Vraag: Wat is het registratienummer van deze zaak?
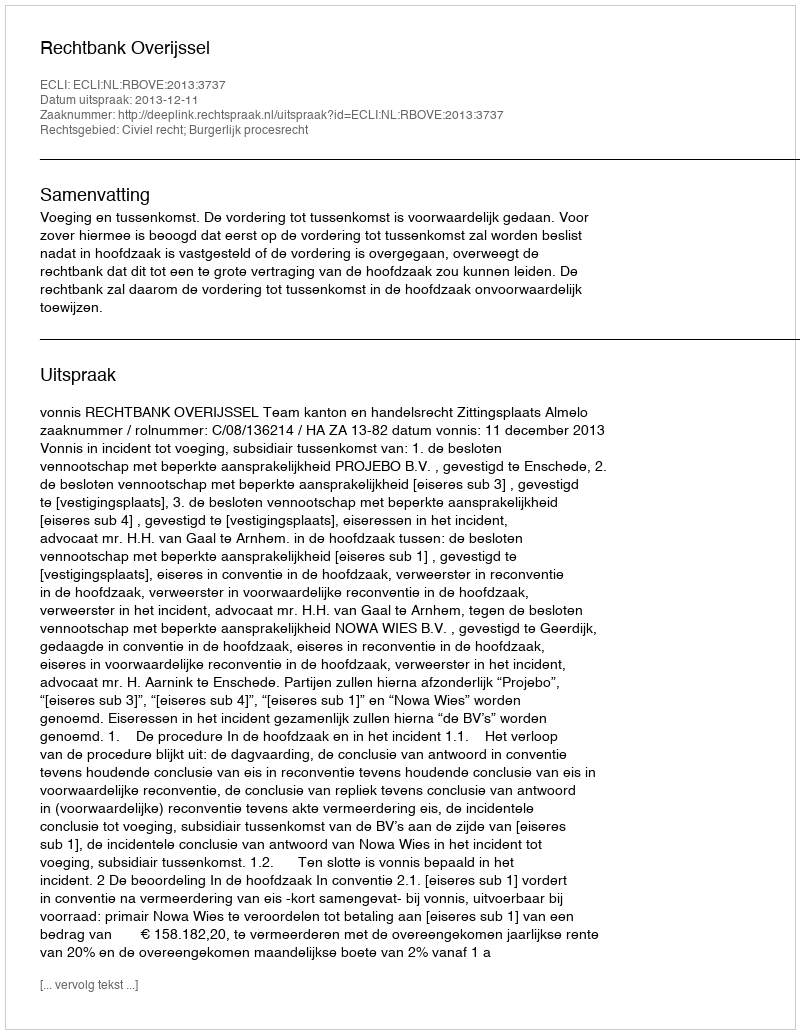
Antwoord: http://deeplink.rechtspraak.nl/uitspraak?id=ECLI:NL:RBOVE:2013:3737